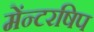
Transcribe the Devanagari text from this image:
मेंन्टरषिप